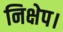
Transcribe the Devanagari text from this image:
निक्षेप।